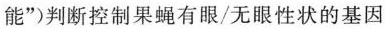
能”)判断控制果蝇有眼/无眼性状的基因